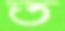
ত